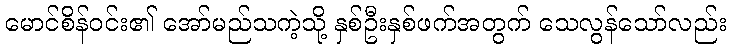
မောင်စိန်ဝင်း၏ အော်မည်သကဲ့သို့ နှစ်ဦးနှစ်ဖက်အတွက် သေလွန်သော်လည်း